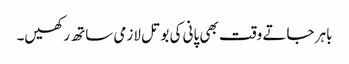
باہر جاتے وقت بھی پانی کی بوتل لازمی ساتھ رکھیں۔